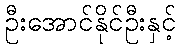
ဦးအောင်နိုင်ဦးနှင့်